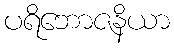
ပရိဘောဇနိယာ